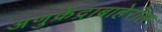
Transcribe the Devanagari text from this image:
अणुक्रेंद्राबाहेरील